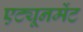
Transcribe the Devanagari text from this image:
एट्यूनमेंट